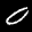
Label: 0